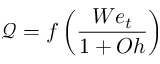
\mathcal { Q } = f \left( \frac { W e _ { t } } { 1 + O h } \right)